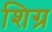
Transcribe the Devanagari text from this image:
शिग्र